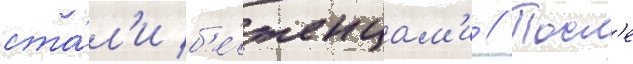
ста́л'и б'е́женцам'и // Посл'е